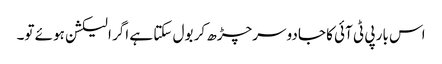
اس بار پی ٹی آئی کا جادو سرچڑھ کر بول سکتا ہے اگر الیکشن ہوئے تو۔